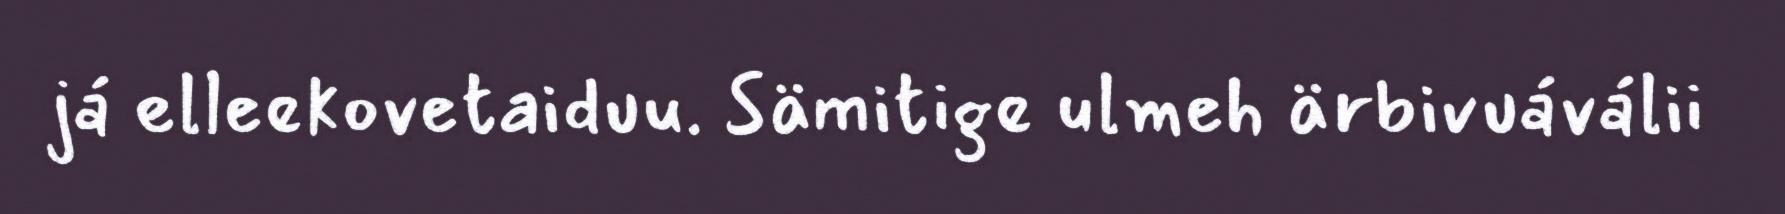
já elleekovetaiduu. Sämitige ulmeh ärbivuáválii